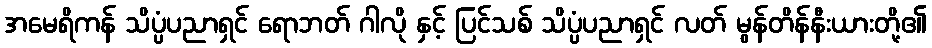
အမေရိကန် သိပ္ပံပညာရှင် ရောဘတ် ဂါလို နှင့် ပြင်သစ် သိပ္ပံပညာရှင် လတ် မွန်တိန်နီးယားတို့၏